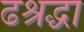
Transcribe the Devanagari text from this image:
ढश्रद्धा